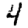
Digit: 4